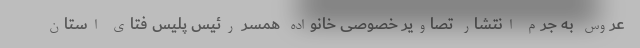
عروس به جرم انتشار تصاویر خصوصی خانواده همسر رئیس پلیس فتای استان